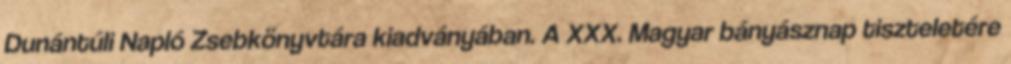
Dunántúli Napló Zsebkönyvtára kiadványában. A XXX. Magyar bányásznap tiszteletére